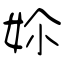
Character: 㚷